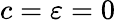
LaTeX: c=\varepsilon=0